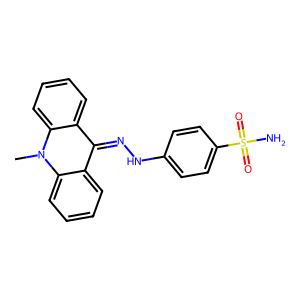
SMILES: Cn1c2ccccc2c(=NNc2ccc(S(N)(=O)=O)cc2)c2ccccc21
Inhibits HIV replication: No